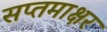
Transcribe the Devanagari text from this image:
सप्तमाक्षर